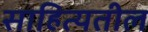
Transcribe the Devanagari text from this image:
साहित्यतील